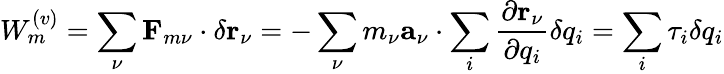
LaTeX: W_{m}^{(v)}=\sum_{\nu}\mathbf{F}_{m\nu}\cdot\delta\mathbf{r}_{\nu}=-\sum_{\nu}m_{\nu}\mathbf{a}_{\nu}\cdot\sum_{i}\frac{\partial\mathbf{r}_{\nu}}{\partial q_{i}}\delta q_{i}=\sum_{i}\tau_{i}\delta q_{i}